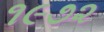
૧૯૭૨